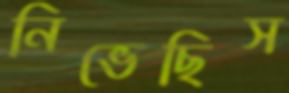
নিভেছিস